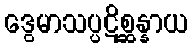
ဒွေမာသပ္ပဋိစ္ဆန္နာယ